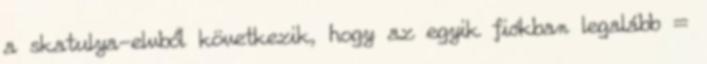
a skatulya-elvből következik, hogy az egyik fiókban legalább =